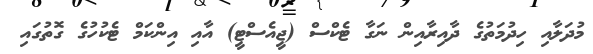
މުދަލާއި ހިދުމަތުގެ ދާއިރާއިން ނަގާ ޓެކްސް (ޖީއެސްޓީ) އާއި އިންކަމް ޓެކުހުގެ ގޮތުގައި